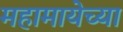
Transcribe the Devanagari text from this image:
महामायेच्या